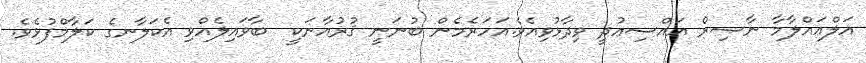
އަލްޢައްލާމާ ނާޞިރް އައްސިޢުދީ ވިދާޅުވިއެވެ.އަހަރެމެން ބުނަނީ ޤުރުއާނަކީ  ބާވައިލެއްވި އެކަލާނގެ ކަލާމްފުޅެވެ.